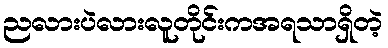
ညလားပဲလားလူတိုင်းကအရသာရှိတဲ့